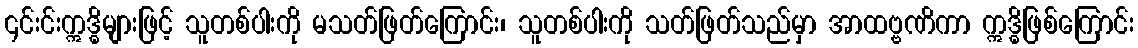
၎င်းင်းဣဒ္ဓိများဖြင့် သူတစ်ပါးကို မသတ်ဖြတ်ကြောင်း၊ သူတစ်ပါးကို သတ်ဖြတ်သည်မှာ အာထဗ္ဗဏိကာ ဣဒ္ဓိဖြစ်ကြောင်း